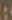
: